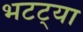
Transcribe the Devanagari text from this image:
भटट्या